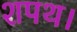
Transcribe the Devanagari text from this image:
शपथ।